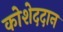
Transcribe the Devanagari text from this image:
कोशेददान